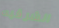
الشرقيه